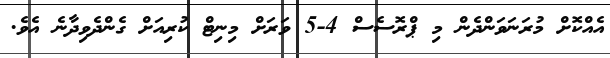
އެއްކޮށް މުރަނަވަންދެން މި ޕްރޮސެސް 4-5 ވަރަށް މިނިޓް ކުރިއަށް ގެންދެވިދާނެ އެވެ.